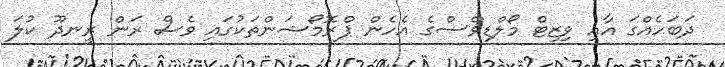
ދަބަހެއްގަ އާއި ވިޒިޓް މޯލްޑިވްސްގެ އެހެން ޕްރޮމޯޝަންތަކުގައި ވެސް ރަން ރީނދޫ ކުލަ